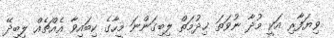
ވިޔަފާރި އަކީ މުދާ ނުވަތަ ޚިދުމަތް ލިބިގަންނަ މީހާގެ ކިބައިވާ އެއްޗެއް ލިބިދޭ